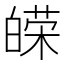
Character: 𤾔